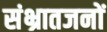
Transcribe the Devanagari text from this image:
संभ्रातजनों